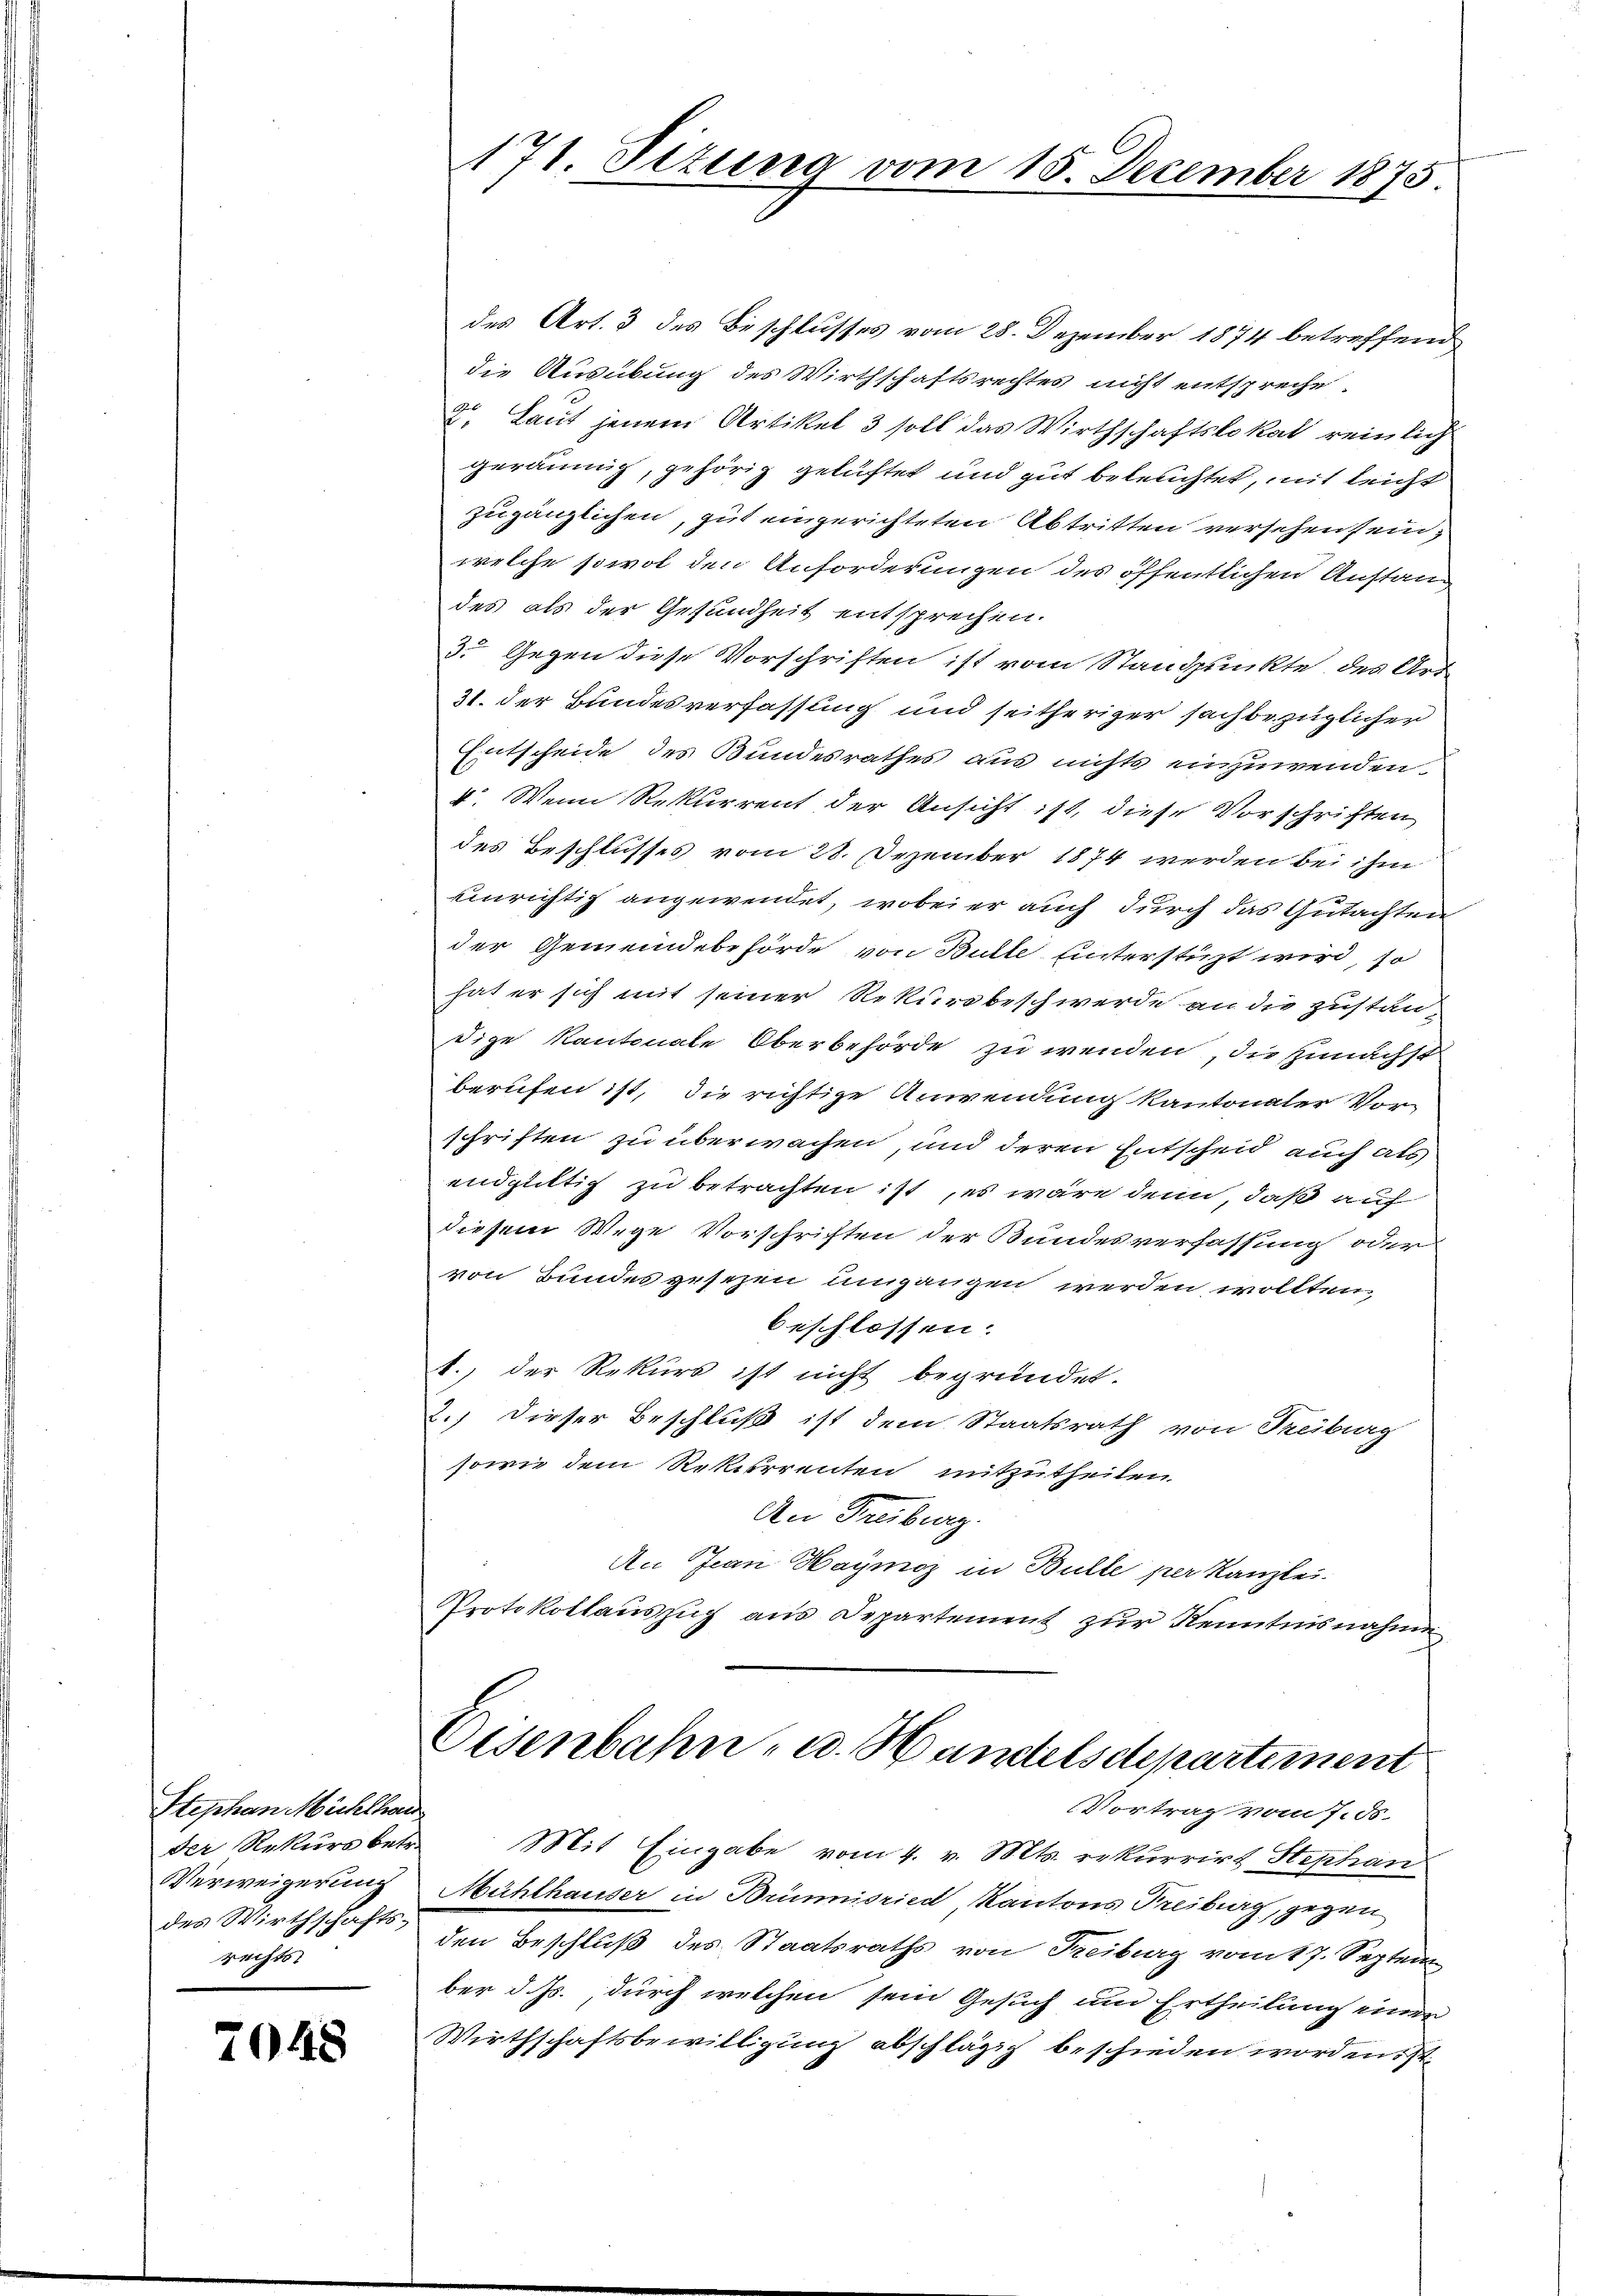
Stephan Mühlhand
der Rekurs betr.
des Wirthschafts-
rechts

7048

171. Titung vom 15. December 1875.

des Art. 3 des Beschlusses vom 28. Dezember 1874 betreffend
die Ausübung des Wirthschaftsrechtes nicht entspreche.
2. Laut jenem Artikel 3 soll das Wirthschaftslokal reinlich
geräumig, gehörig gelüftet und gut beleuchtet, mit leicht
zugänglichen, gut eingerichteten Abtritten versehen sein,
welche sowol den Anforderungen des öffentlichen Anstandes als der Gesundheit entsprechen.
3. Gegen diese Vorschriften ist vom Standpunkte des Art
31. der Bundesverfassung und seitheriger sachbezüglicher
Entscheide des Bundesrathes aus nichts einzuwenden.
4. Wenn Rekurrent der Ansicht ist, diese Vorschriften
des Beschlusses vom 28. Dezember 1874 werden bei ihm
einrichtig angewendet, wobei er auch durch das Gutachten
der Gemeindebehörde von Bulle unterstüzt wird, so
hat er sich mit seiner Rekursbeschwerde an die zustandige Kantonale Oberbehörde zu wenden, die Zunächst
berufen ist, die richtige Anwendung kantonaler Vorschriften zu überwachen, und deren Entscheid auch als
endgültig zu betrachten ist, es wäre denn, daß auf
diesem Wege Vorschriften der Bundesverfassung oder
von Bundes gesezen umgangen werden wollten,
beschlossen:
b.) der Rekurs ist nicht begründet.
2.) Dieser Beschluß ist dem Staatsrath von Treiburg
sowie dem Rekurrenten mitzutheilen.
An Freiburg.
An Jean Haymoz in Bulle per Kanzlei.
Protokollaŭszŭg aŭs Departement zŭr Kenntnisnahmen

Eisenbahn- u. Handelsdepartement
Vortrag vom 7. ds.

Mit Eingabe vom 4. v. Mts. erkurrirt Stephan
Verweigerung Mühlhauser in Brünnisried, Kantons Freiburg, gegen
den Beschluß des Staatsraths von Treiburg vom 17. Septem
ber d. Js., durch welchen sein Gesuch und Ertheilung einen
Wirthschaftsbewilligung abschlägig beschieden worden ist